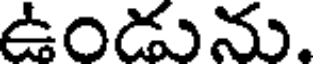
ఉండును.